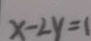
x - 2 y = 1